Indian journal of veterinary science and animal husbandry - Volumes 15-17, 1948-1951
Year: 1948
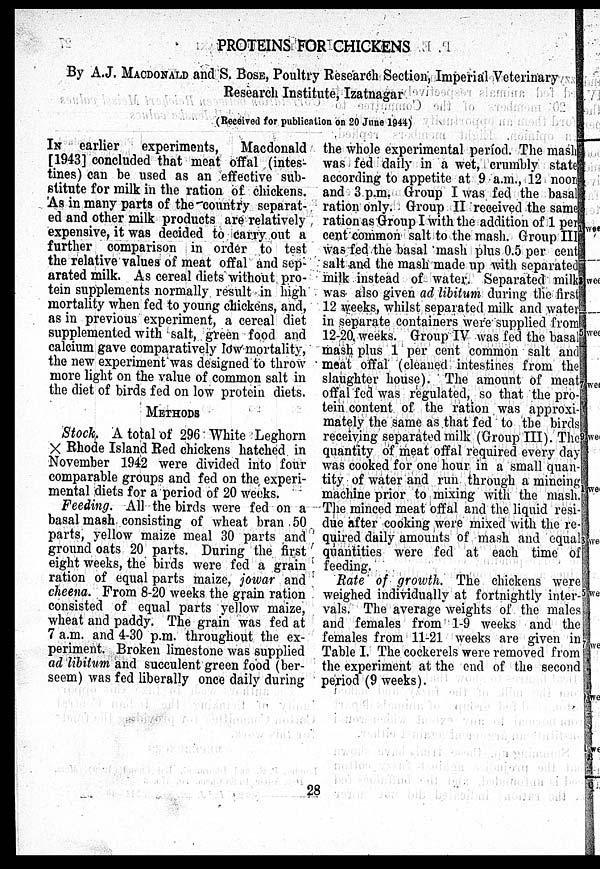
PROTEINS FOR CHICKENS
By A.J. MACDONALD and S. BOSE, Poultry Research Section, Imperial Veterinary
Research Institute, Izatnagar
(Received for publication on 20 June 1944)
IN earlier
experiments, Macdonald
[1943] concluded that meat offal (intes-
tines) can be used as an effective sub-
stitute for milk in the ration of chickens.
As in many parts of the country separat-
ed and other milk products are relatively
expensive, it was decided to carry out a
further comparison in order to test
the relative values of meat offal and sep-
arated milk. As cereal diets without pro-
tein supplements normally result in high
mortality when fed to young chickens, and,
as in previous experiment, a cereal diet
supplemented with salt, green food and
calcium gave comparatively low mortality,
the new experiment was designed to throw
more light on the value of common salt in
the diet of birds fed on low protein diets.
METHODS
Stock. A total of 296 White Leghorn
X Rhode Island Red chickens hatched in
November 1942 were divided into four
comparable groups and fed on the experi-
mental diets for a period of 20 weeks.
Feeding. All the birds were fed on a
basal mash consisting of wheat bran 50
parts, yellow maize meal 30 parts and
ground oats 20 parts. During the first
eight weeks, the birds were fed a grain
ration of equal parts maize, jowar and
cheena. From 8-20 weeks the grain ration
consisted of equal parts yellow maize,
wheat and paddy. The grain was fed at
7 a.m. and 4-30 p.m. throughout the ex-
periment. Broken limestone was supplied
ad libitum and succulent green food (ber-
seem) was fed liberally once daily during
the whole experimental period. The mash
was fed daily in a wet, crumbly state
according to appetite at 9 a.m., 12 noon
and 3 p.m. Group I was fed the basal
ration only. Group II received the same
ration as Group I with the addition of 1 per
cent common salt to the mash. Group III
was fed the basal mash plus 0.5 per cent
salt and the mash made up with separated
milk instead of water. Separated milk
was also given ad libitum during the first
12 weeks, whilst separated milk and water
in separate containers were supplied from
12-20. weeks. Group IV was fed the basal
mash plus 1 per cent common salt and
meat offal (cleaned intestines from the
slaughter house). The amount of meat
offal fed was regulated, so that the pro-
tein content of the ration was approxi-
mately the same as that fed to the birds
receiving separated milk (Group III). The
quantity of meat offal required every day
was cooked for one hour in a small quan-
tity of water and run through a mincing
machine prior to mixing with the mash.
The minced meat offal and the liquid resi-
due after cooking were mixed with the re-
quired daily amounts of mash and equal
quantities were fed at each time of
feeding.
Rate of growth. The chickens were
weighed individually at fortnightly inter-
vals. The average weights of the males
and females from 1-9 weeks and the
females from 11-21 weeks are given in
Table I. The cockerels were removed from
the experiment at the end of the second
period (9 weeks).
28